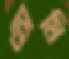
এ্যামি